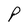
Character: P